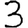
Digit: 3